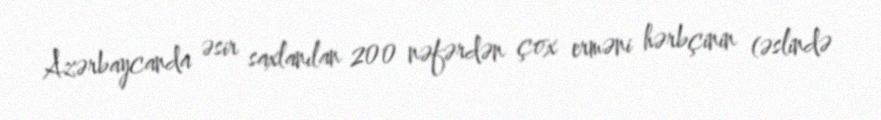
Azərbaycanda əsir saxlanılan 200 nəfərdən çox erməni hərbçinin (əslində